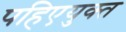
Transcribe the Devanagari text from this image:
पहिएयुक्‍त